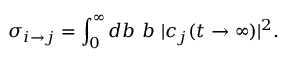
\sigma _ { i \rightarrow j } = \int _ { 0 } ^ { \infty } d b \ b \ | c _ { j } ( t \rightarrow \infty ) | ^ { 2 } .